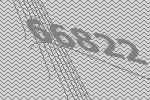
66822